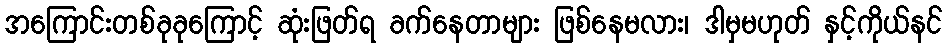
အကြောင်းတစ်ခုခုကြောင့် ဆုံးဖြတ်ရ ခက်နေတာများ ဖြစ်နေမလား၊ ဒါမှမဟုတ် နှင့်ကိုယ်နင်